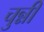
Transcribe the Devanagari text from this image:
चुन्नीं